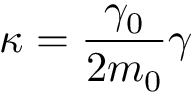
\kappa = \frac { \gamma _ { 0 } } { 2 m _ { 0 } } \gamma